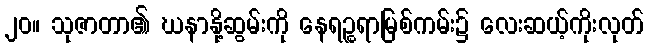
၂၀။ သုဇာတာ၏ ဃနာနို့ဆွမ်းကို နေရဉ္စရာမြစ်ကမ်း၌ လေးဆယ့်ကိုးလုတ်